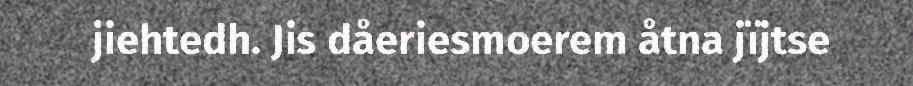
jiehtedh. Jis dåeriesmoerem åtna jïjtse